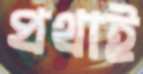
প্রথাই